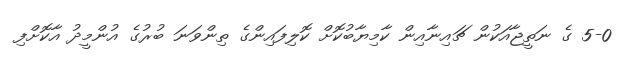
5-0 ގެ ނަތީޖާއަކުން ޗައިނާއިން ކާމިޔާބުކޮށް ކޮލިފައިންގެ ތިންވަނަ ބުރުގެ އުންމީދު އާކޮށްފި